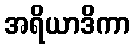
အရိယာဒိကာ